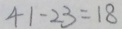
4 1 - 2 3 = 1 8